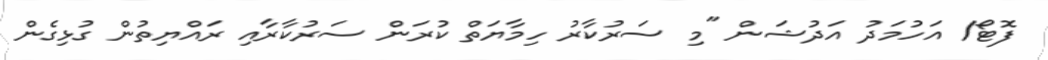
ފޮޓޯ/ އަހުމަދު އަދުޝަން "މި ސަރުކާރު ހިމާޔަތް ކުރަން ސަރުކާރާއި ރައްޔިތުން ގުޅިގެން